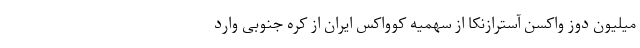
میلیون دوز واکسن آسترازنکا از سهمیه کوواکس ایران از کره جنوبی وارد